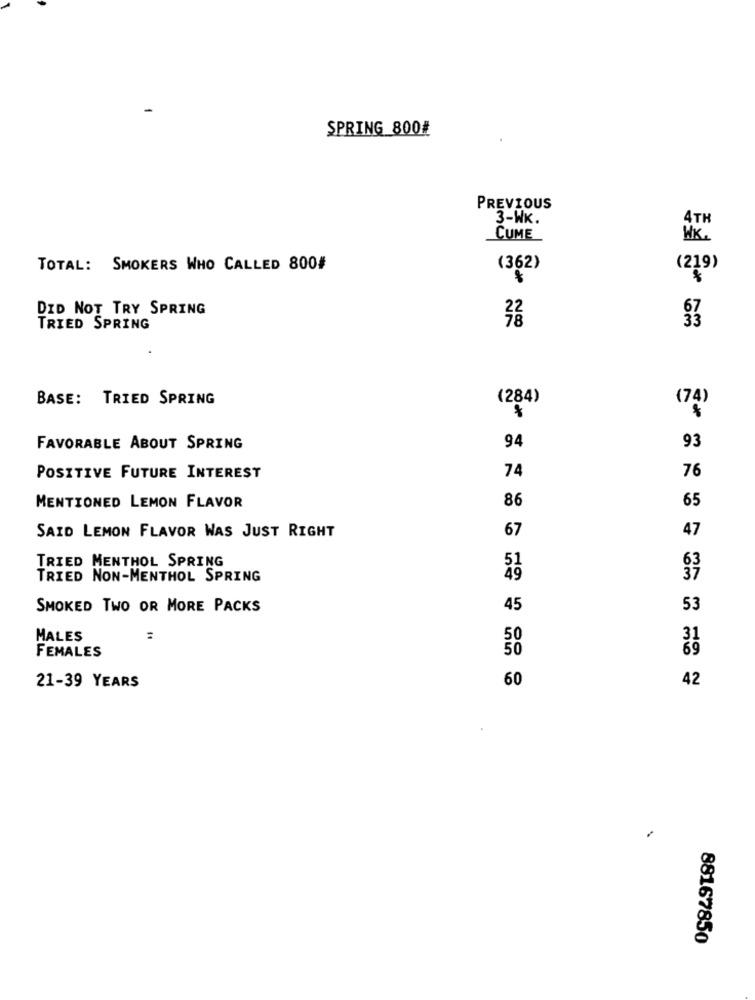
SPRING 800#
PREVIOUS
3-WK.
4TH
CUME
HK.
TOTAL: SMOKERS WHO CALLED 800#
(362)
(219)
DID NOT TRY SPRING
TRIED SPRING
BASE: TRIED SPRING
(284)
(74)
FAVORABLE ABOUT SPRING
94
93
POSITIVE FUTURE INTEREST
74
76
86
65
MENTIONED LEMON FLAVOR
67
47
SAID LEMON FLAVOR WAS JUST RIGHT
TRIED MENTHOL SPRING
TRIED NON-MENTHOL SPRING
49
SMOKED TWO OR MORE PACKS
45
53
MALES
=
FEMALES
60
21-39 YEARS
42
88167850